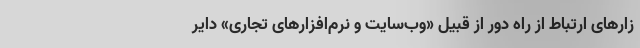
زارهای ارتباط از راه دور از قبیل «وب‌سایت و نرم‌افزارهای تجاری» دایر